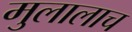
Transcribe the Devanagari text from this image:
मुलालाच